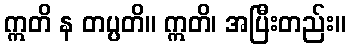
ဣတိ န တပ္ပတိ။ ဣတိ၊ အပြီးတည်း။